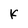
Character: K